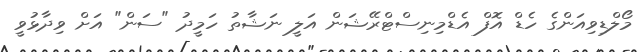
މޯލްޑިވިއަންގެ ހެޑް އޮފް އެޑްމިނިސްޓްރޭޝަން އަލީ ނަޝާތު ހަމީދު "ސަން" އަށް ވިދާޅުވީ